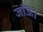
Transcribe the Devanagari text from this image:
जाँऊं।